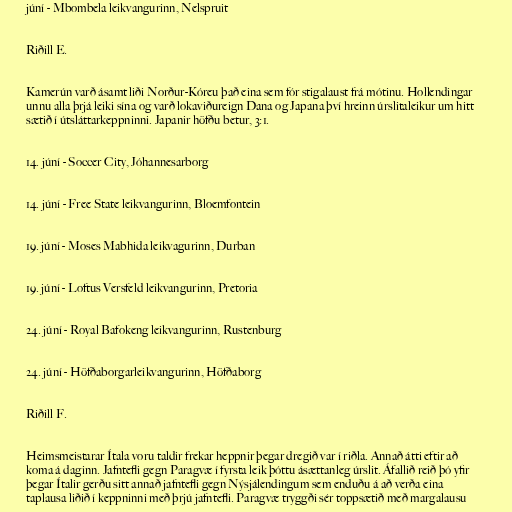
júní - Mbombela leikvangurinn, Nelspruit

Riðill E.

Kamerún varð ásamt liði Norður-Kóreu það eina sem fór stigalaust frá mótinu. Hollendingar
unnu alla þrjá leiki sína og varð lokaviðureign Dana og Japana því hreinn úrslitaleikur um hitt
sætið í útsláttarkeppninni. Japanir höfðu betur, 3:1.

14. júní - Soccer City, Jóhannesarborg

14. júní - Free State leikvangurinn, Bloemfontein

19. júní - Moses Mabhida leikvagurinn, Durban

19. júní - Loftus Versfeld leikvangurinn, Pretoria

24. júní - Royal Bafokeng leikvangurinn, Rustenburg

24. júní - Höfðaborgarleikvangurinn, Höfðaborg

Riðill F.

Heimsmeistarar Ítala voru taldir frekar heppnir þegar dregið var í riðla. Annað átti eftir að
koma á daginn. Jafntefli gegn Paragvæ í fyrsta leik þóttu ásættanleg úrslit. Áfallið reið þó yfir
þegar Ítalir gerðu sitt annað jafntefli gegn Nýsjálendingum sem enduðu á að verða eina
taplausa liðið í keppninni með þrjú jafntefli. Paragvæ tryggði sér toppsætið með margalausu